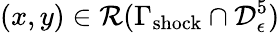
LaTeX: (x,y)\in\mathcal{R}(\Gamma_{\mathrm{shock}}\cap\mathcal{D}_{\epsilon}^{5})